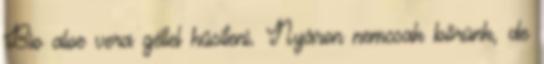
Bio aloe vera géllel hűsíteni. Nyáron nemcsak bőrünk, de